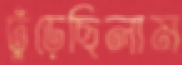
ঢুঁড়েছিলাম